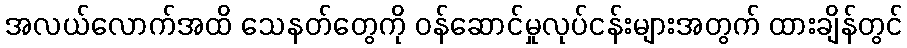
အလယ်လောက်အထိ သေနတ်တွေကို ဝန်ဆောင်မှုလုပ်ငန်းများအတွက် ထားချိန်တွင်